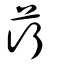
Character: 荇